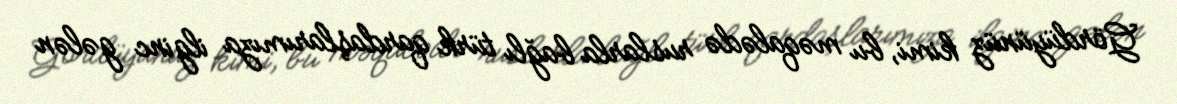
Gördüyünüz kimi, bu məqalədə ruslarla bağlı türk qardaşlarımıza ilginc gələn